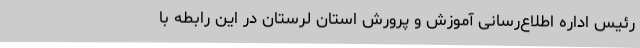
رئیس اداره اطلاع‌رسانی آموزش و پرورش استان لرستان در این رابطه با